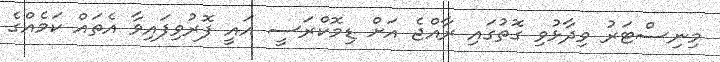
މިނިސްޓަރު ވިދާޅުވި ގޮތުގައި ރާއްޖެ އަށް ޑިމޮކްރަސީ އައީ ފޮރުވިފައިވާ އެތައް ކަމެއްގެ